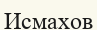
Исмахов